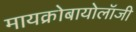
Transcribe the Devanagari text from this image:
मायक्रोबायोलॉजी